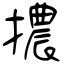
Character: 擃